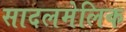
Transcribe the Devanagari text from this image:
सादलमेलिक